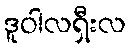
ဒူဝါလရှီးလ